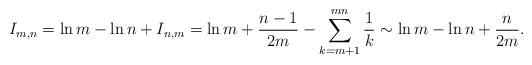
LaTeX: \begin{align*}I_{m,n}=\ln m - \ln n + I_{n,m}= \ln m + \frac{n-1}{2m}-\sum_{k=m+1}^{mn}\frac{1}{k}\sim \ln m - \ln n + \frac{n}{2m}.\end{align*}